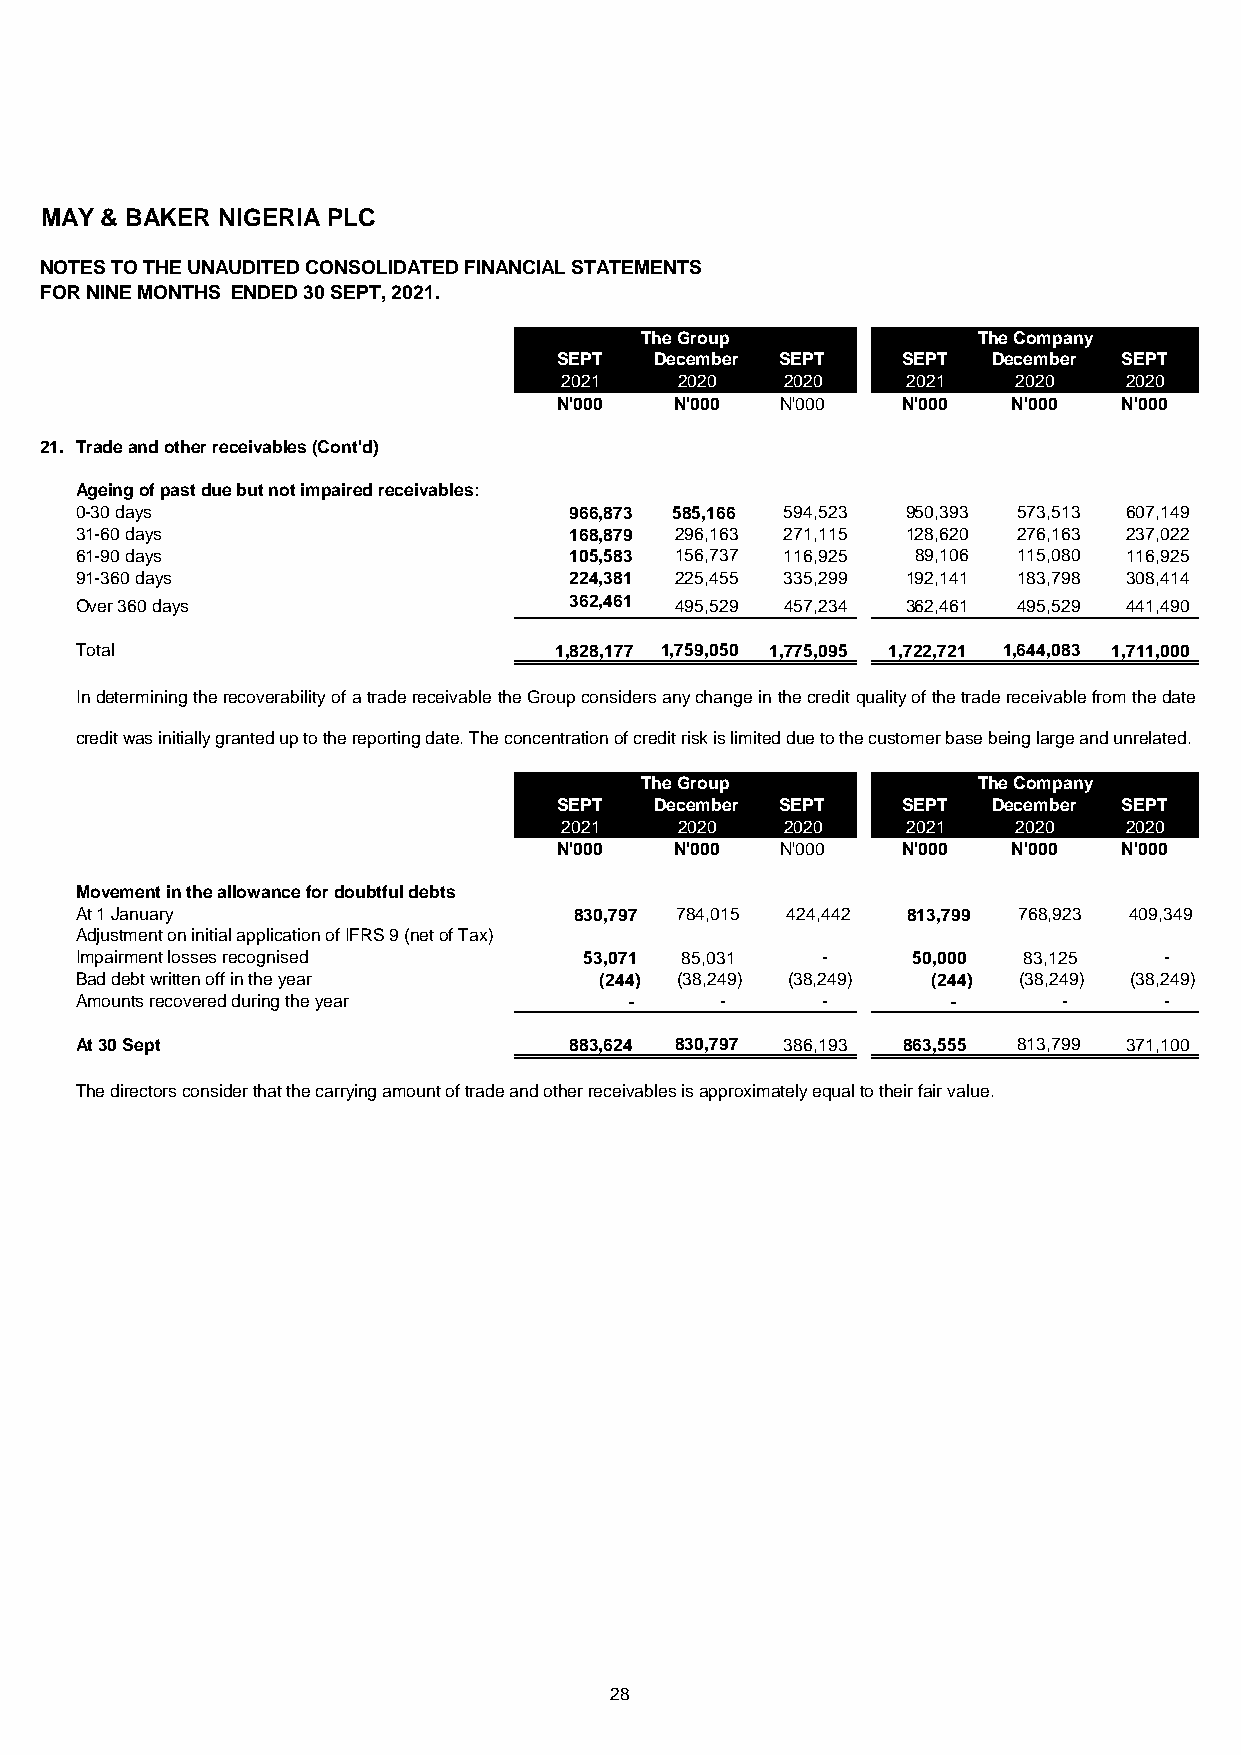
MAY & BAKER NIGERIA PLC
 NOTES TO THE UNAUDITED CONSOLIDATED FINANCIAL STATEMENTS
 FOR NINE MONTHS ENDED 30 SEPT, 2021.
 The Group              The Company
 SEPT  December SEPT    SEPT  December SEPT
 2021    2020   2020    2021   2020   2020
 N'000   N'000  N'000   N'000  N'000  N'000
 21. Trade and other receivables (Cont'd)
 Ageing of past due but not impaired receivables:
 0-30 days                        966,873 585,166 594,523 950,393 573,513 607,149
 31-60 days                       168,879 296,163 271,115 128,620 276,163 237,022
 61-90 days                       105,583 156,737 116,925 89,106 115,080 116,925
 91-360 days                      224,381 225,455 335,299 192,141 183,798 308,414
 Over 360 days                    362,461 495,529 457,234 362,461 495,529 441,490
 Total                           1,828,177 1,759,050 1,775,095 1,722,721 1,644,083 1,711,000
 IndeterminingtherecoverabilityofatradereceivabletheGroupconsidersanychangeinthecreditqualityofthetradereceivablefromthedate
 credit was initially granted up to the reporting date. The concentration of credit risk is limited due to the customer base being large and unrelated.
 The Group              The Company
 SEPT  December SEPT    SEPT  December SEPT
 2021    2020   2020    2021   2020   2020
 N'000   N'000  N'000   N'000  N'000  N'000
 Movement in the allowance for doubtful debts
 At 1 January                     830,797 784,015 424,442 813,799 768,923 409,349
 Adjustment on initial application of IFRS 9 (net of Tax)
 Impairment losses recognised      53,071 85,031  -     50,000  83,125   -
 Bad debt written off in the year   (244) (38,249) (38,249) (244) (38,249) (38,249)
 Amounts recovered during the year    -     -     -        -      -      -
 At 30 Sept                       883,624 830,797 386,193 863,555 813,799 371,100
 The directors consider that the carrying amount of trade and other receivables is approximately equal to their fair value.
 28